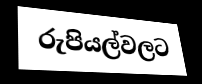
රුපියල්වලට